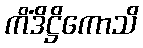
ကိံဒိဋ္ဌိကောသိ